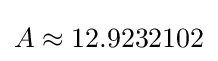
A\approx 12.9232102